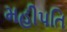
મહીપતિ